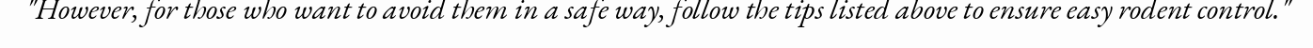
"However, for those who want to avoid them in a safe way, follow the tips listed above to ensure easy rodent control."